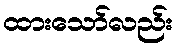
ထားသော်လည်း